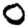
Digit: 0